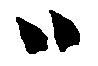
ハ